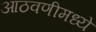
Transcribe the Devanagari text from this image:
आठवणीमध्ये